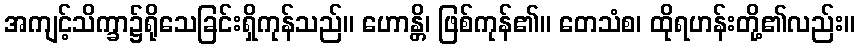
အကျင့်သိက္ခာ၌ရိုသေခြင်းရှိကုန်သည်။ ဟောန္တိ၊ ဖြစ်ကုန်၏။ တေသံစ၊ ထိုရဟန်းတို့၏လည်း။